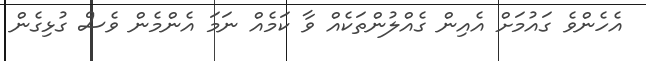
އެހެންވެ ގައުމަށް އެއިން ގެއްލުންތަކެއް ވާ ކަމެއް ނަމަ އެންމެން ވެސް ގުޅިގެން